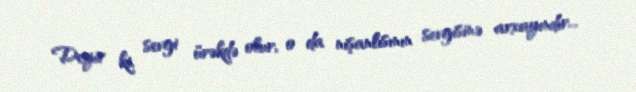
Deyir ki, sevgi ürəkdə olur, o da nişanlısının sevgisinə arxayındır...